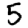
Digit: 5